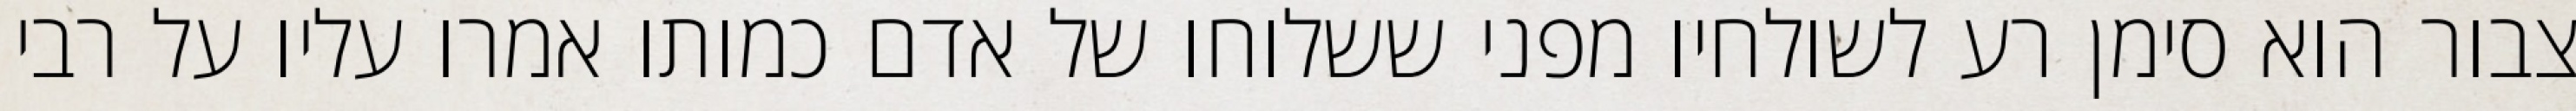
צבור הוא סימן רע לשולחיו מפני ששלוחו של אדם כמותו אמרו עליו על רבי